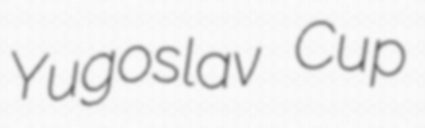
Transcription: Yugoslav Cup